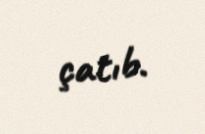
çatıb.